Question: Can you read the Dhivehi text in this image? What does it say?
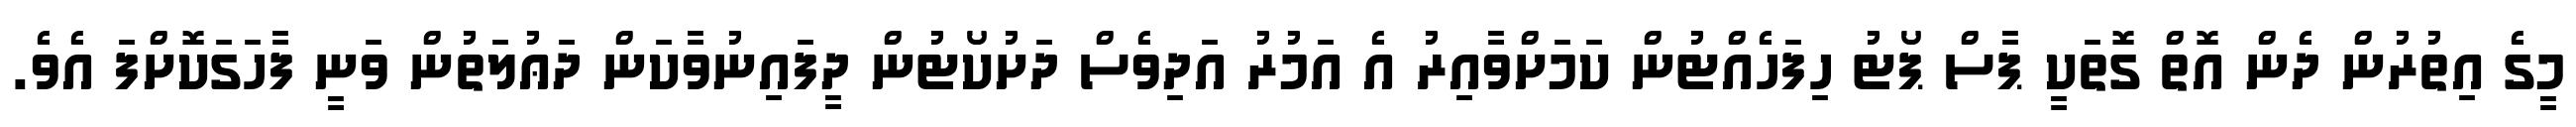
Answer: މީގެ އިތުރުން ދެން އޮތް ގޮތަކީ ޕާސް ޕޯޓު ހިފަހެއްޓުން ކަމަށްވާއިރު އެ އަމުރު އަދިވެސް ދަށުކޯޓުން ދީފައިނުވާކަން ދަޢުލަތުން ވަނީ ފާހަގަކޮށްފަ އެވެ.